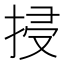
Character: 𢬶